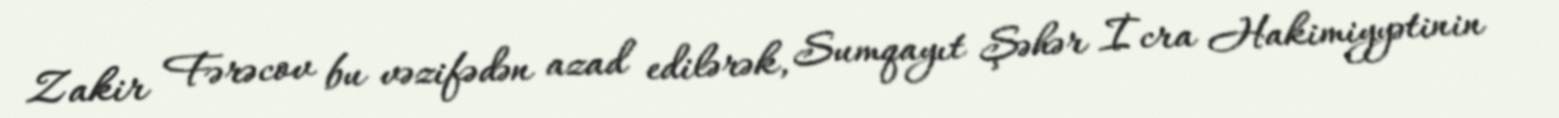
Zakir Fərəcov bu vəzifədən azad edilərək, Sumqayıt Şəhər İcra Hakimiyyətinin